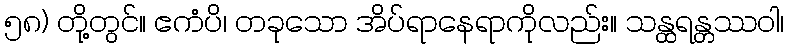
၅၈) တို့တွင်။ ဧကံပိ၊ တခုသော အိပ်ရာနေရာကိုလည်း။ သန္ထရန္တဿဝါ၊